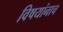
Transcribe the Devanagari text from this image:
विषयांनाच